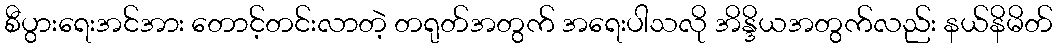
စီပွားရေးအင်အား တောင့်တင်းလာတဲ့ တရုတ်အတွက် အရေးပါသလို အိန္ဒိယအတွက်လည်း နယ်နိမိတ်